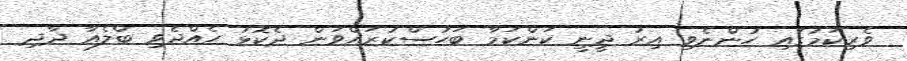
ވެރިކަމުގައި ހުންނެވި އިރު ދީނީ ކަންކަމާ ބަހުސްކުރައްވަން ދެކޮޅު ހެއްދެވި ބްލެއާ ދާދި